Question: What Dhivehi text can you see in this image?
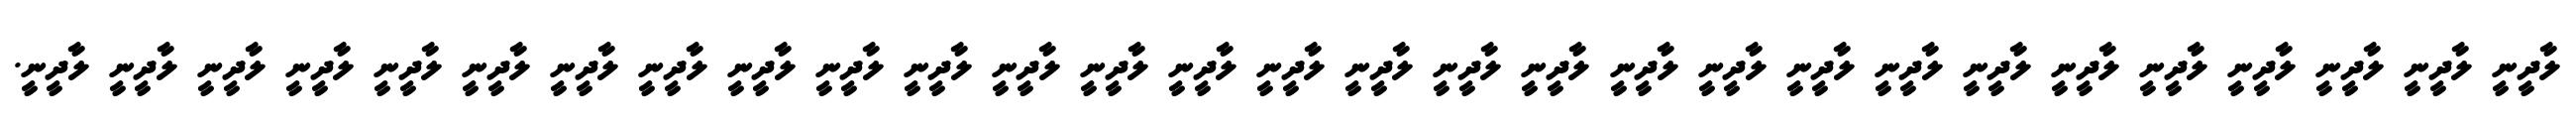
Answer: ލާދީނީ ލާދީނީ ލާދީނީ ލާދީނީ ލާދީނީ ލާދީނީ ލާދީނީ ލާދީނީ ލާދީނީ ލާދީނީ ލާދީނީ ލާދީނީ ލާދީނީ ލާދީނީ ލާދީނީ ލާދީނީ ލާދީނީ ލާދީނީ ލާދީނީ ލާދީނީ ލާދީނީ ލާދީނީ ލާދީނީ ލާދީނީ ލާދީނީ ލާދީނީ ލާދީނީ ލާދީނީ ލާދީނީ.